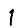
Digit: 1